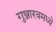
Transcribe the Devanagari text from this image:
गुञ्जारवमध्ये